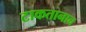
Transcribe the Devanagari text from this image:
टाकतानाच